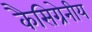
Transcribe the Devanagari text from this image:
कैसिग्रेनीय